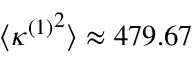
\langle { \kappa ^ { ( 1 ) } } ^ { 2 } \rangle \approx 4 7 9 . 6 7